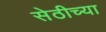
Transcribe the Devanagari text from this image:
सेठीच्या